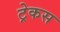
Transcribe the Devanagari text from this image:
ट्रेकस